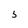
Character: 5